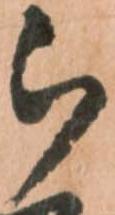
被